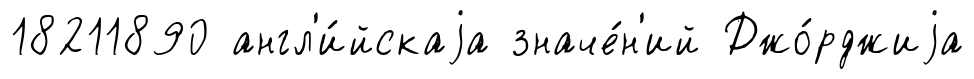
18211890 англ'и́йскаjа значе́н'ий Джо́рджиjа